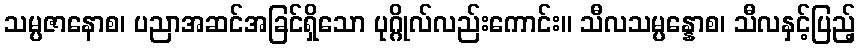
သမ္ပဇာနောစ၊ ပညာအဆင်အခြင်ရှိသော ပုဂ္ဂိုလ်လည်းကောင်း။ သီလသမ္ပန္နောစ၊ သီလနှင့်ပြည့်